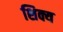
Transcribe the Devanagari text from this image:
शिक्य